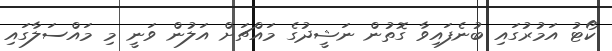
ކޯޓު އަމުރުގައި ބުނެފައިވާ ގޮތުން ނަޝީދުގެ މައްޗަށް އަލުން ވަނީ މި މައްސަލާގައި